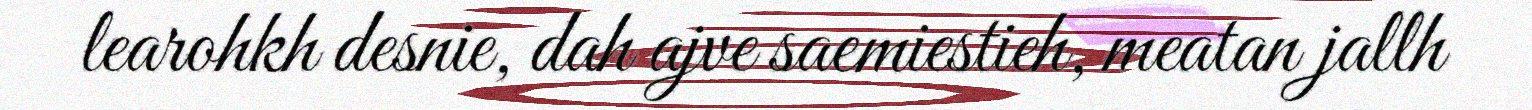
learohkh desnie, dah ajve saemiestieh, meatan jallh